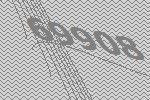
69908